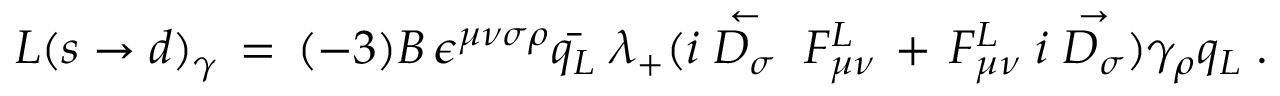
{ \cal { L } } ( s \rightarrow d ) _ { \gamma } \, = \, ( - 3 ) B \, \epsilon ^ { \mu \nu \sigma \rho } \bar { q _ { L } } \; \lambda _ { + } ( i \stackrel { \leftarrow } { D _ { \sigma } } \; F _ { \mu \nu } ^ { L } \, + \, F _ { \mu \nu } ^ { L } \; i \stackrel { \rightarrow } { D _ { \sigma } } ) \gamma _ { \rho } q _ { L } \; .